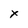
Character: x